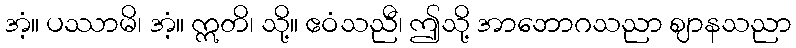
အံ့။ ပဿာမိ၊ အံ့။ ဣတိ၊ သို့။ ဧဝံသညီ၊ ဤသို့ အာဘောဂသညာ ဈာနသညာ